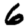
Digit: 6